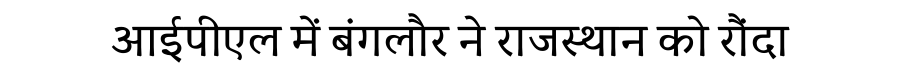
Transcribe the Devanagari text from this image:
आईपीएल में बंगलौर ने राजस्थान को रौंदा